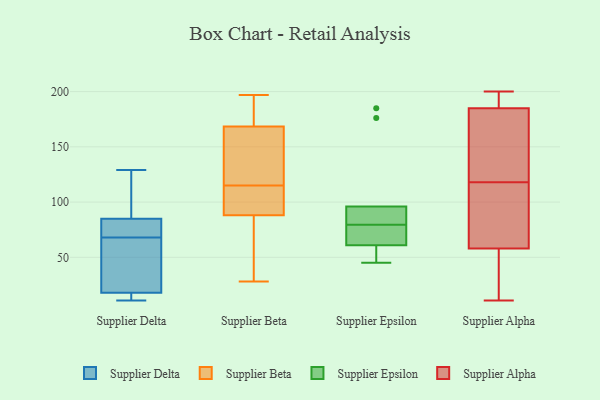
{"axis": {"x": "Temperature (°C)", "y": "Value"}, "legend": ["Supplier Alpha", "Supplier Beta", "Supplier Delta", "Supplier Epsilon"], "data": [{"x": "", "y": 35, "type": "Supplier Delta"}, {"x": "", "y": 11, "type": "Supplier Delta"}, {"x": "", "y": 11, "type": "Supplier Delta"}, {"x": "", "y": 18, "type": "Supplier Delta"}, {"x": "", "y": 129, "type": "Supplier Delta"}, {"x": "", "y": 85, "type": "Supplier Delta"}, {"x": "", "y": 79, "type": "Supplier Delta"}, {"x": "", "y": 57, "type": "Supplier Delta"}, {"x": "", "y": 90, "type": "Supplier Delta"}, {"x": "", "y": 79, "type": "Supplier Delta"}, {"x": "", "y": 101, "type": "Supplier Beta"}, {"x": "", "y": 32, "type": "Supplier Beta"}, {"x": "", "y": 188, "type": "Supplier Beta"}, {"x": "", "y": 114, "type": "Supplier Beta"}, {"x": "", "y": 197, "type": "Supplier Beta"}, {"x": "", "y": 46, "type": "Supplier Beta"}, {"x": "", "y": 179, "type": "Supplier Beta"}, {"x": "", "y": 192, "type": "Supplier Beta"}, {"x": "", "y": 28, "type": "Supplier Beta"}, {"x": "", "y": 147, "type": "Supplier Beta"}, {"x": "", "y": 97, "type": "Supplier Beta"}, {"x": "", "y": 131, "type": "Supplier Beta"}, {"x": "", "y": 98, "type": "Supplier Beta"}, {"x": "", "y": 115, "type": "Supplier Beta"}, {"x": "", "y": 165, "type": "Supplier Beta"}, {"x": "", "y": 135, "type": "Supplier Beta"}, {"x": "", "y": 61, "type": "Supplier Beta"}, {"x": "", "y": 176, "type": "Supplier Epsilon"}, {"x": "", "y": 45, "type": "Supplier Epsilon"}, {"x": "", "y": 74, "type": "Supplier Epsilon"}, {"x": "", "y": 96, "type": "Supplier Epsilon"}, {"x": "", "y": 65, "type": "Supplier Epsilon"}, {"x": "", "y": 95, "type": "Supplier Epsilon"}, {"x": "", "y": 55, "type": "Supplier Epsilon"}, {"x": "", "y": 61, "type": "Supplier Epsilon"}, {"x": "", "y": 85, "type": "Supplier Epsilon"}, {"x": "", "y": 185, "type": "Supplier Epsilon"}, {"x": "", "y": 192, "type": "Supplier Alpha"}, {"x": "", "y": 178, "type": "Supplier Alpha"}, {"x": "", "y": 117, "type": "Supplier Alpha"}, {"x": "", "y": 11, "type": "Supplier Alpha"}, {"x": "", "y": 40, "type": "Supplier Alpha"}, {"x": "", "y": 119, "type": "Supplier Alpha"}, {"x": "", "y": 23, "type": "Supplier Alpha"}, {"x": "", "y": 68, "type": "Supplier Alpha"}, {"x": "", "y": 76, "type": "Supplier Alpha"}, {"x": "", "y": 198, "type": "Supplier Alpha"}, {"x": "", "y": 91, "type": "Supplier Alpha"}, {"x": "", "y": 13, "type": "Supplier Alpha"}, {"x": "", "y": 192, "type": "Supplier Alpha"}, {"x": "", "y": 200, "type": "Supplier Alpha"}, {"x": "", "y": 162, "type": "Supplier Alpha"}, {"x": "", "y": 138, "type": "Supplier Alpha"}, {"x": "", "y": 104, "type": "Supplier Alpha"}, {"x": "", "y": 199, "type": "Supplier Alpha"}, {"x": "", "y": 148, "type": "Supplier Alpha"}, {"x": "", "y": 48, "type": "Supplier Alpha"}]}